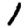
Digit: 1